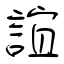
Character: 誼